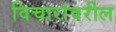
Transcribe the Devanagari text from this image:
विचारांवरील